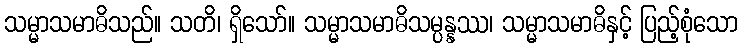
သမ္မာသမာဓိသည်။ သတိ၊ ရှိသော်။ သမ္မာသမာဓိသမ္ပန္နဿ၊ သမ္မာသမာဓိနှင့် ပြည့်စုံသော